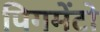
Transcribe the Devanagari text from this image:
पिगमेंटो